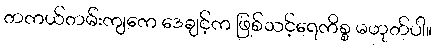
တကယ်တမ်းကျကေ ဒေချင့်က ဖြစ်သင့်ရေကိစ္စ မဟုတ်ပါ။